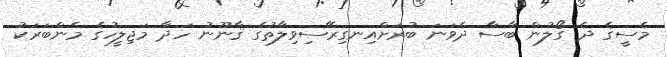
މެސީގެ ދެ ގޯލުން ބާސާ ދެވަނަ ބުރަށްއިނގިރޭސިވިލާތުގެ ޤާނޫނު ހަދާ މަޖިލީހުގެ މެންބަރަކު